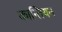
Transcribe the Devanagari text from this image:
कान्तियन